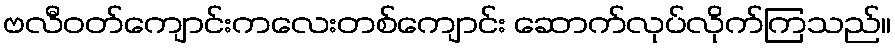
ဗလီဝတ်ကျောင်းကလေးတစ်ကျောင်း ဆောက်လုပ်လိုက်ကြသည်။